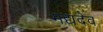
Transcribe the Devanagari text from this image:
मद्यदेव